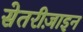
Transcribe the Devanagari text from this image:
सेतरीज़ाइन